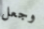
وجعل